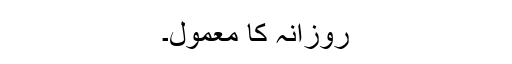
روزانہ کا معمول۔